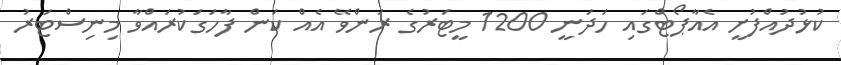
ކުޅުދުއްފުށީ އެއާޕޯޓްގައި ހަދަނީ 1200 މީޓަރުގެ ރަންވޭ އެއް ކަން ފާހަގަކުރައްވާ މިނިސްޓަރު